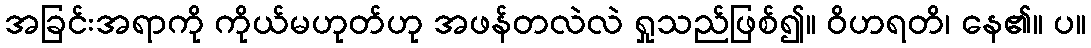
အခြင်းအရာကို ကိုယ်မဟုတ်ဟု အဖန်တလဲလဲ ရှုသည်ဖြစ်၍။ ဝိဟရတိ၊ နေ၏။ ပ။